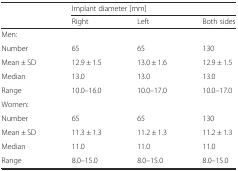
|  | <COLSPAN=3> Implant diameter [mm] |
 |  | Right | Left | Both sides |
 | --- | --- | --- | --- |
 | Men: |  |  |  |
 | Number | 65 | 65 | 130 |
 | Mean ± SD | 12.9 ± 1.5 | 13.0 ± 1.6 | 12.9 ± 1.5 |
 | Median | 13.0 | 13.0 | 13.0 |
 | Range | 10.0–16.0 | 10.0–17.0 | 10.0–17.0 |
 | <COLSPAN=4> Women: |
 | Number | 65 | 65 | 130 |
 | Mean ± SD | 11.3 ± 1.3 | 11.2 ± 1.3 | 11.2 ± 1.3 |
 | Median | 11.0 | 11.0 | 11.0 |
 | Range | 8.0–15.0 | 8.0–15.0 | 8.0–15.0 |